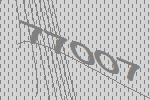
77007